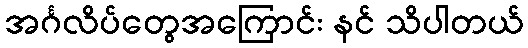
အင်္ဂလိပ်တွေအကြောင်း နင် သိပါတယ်